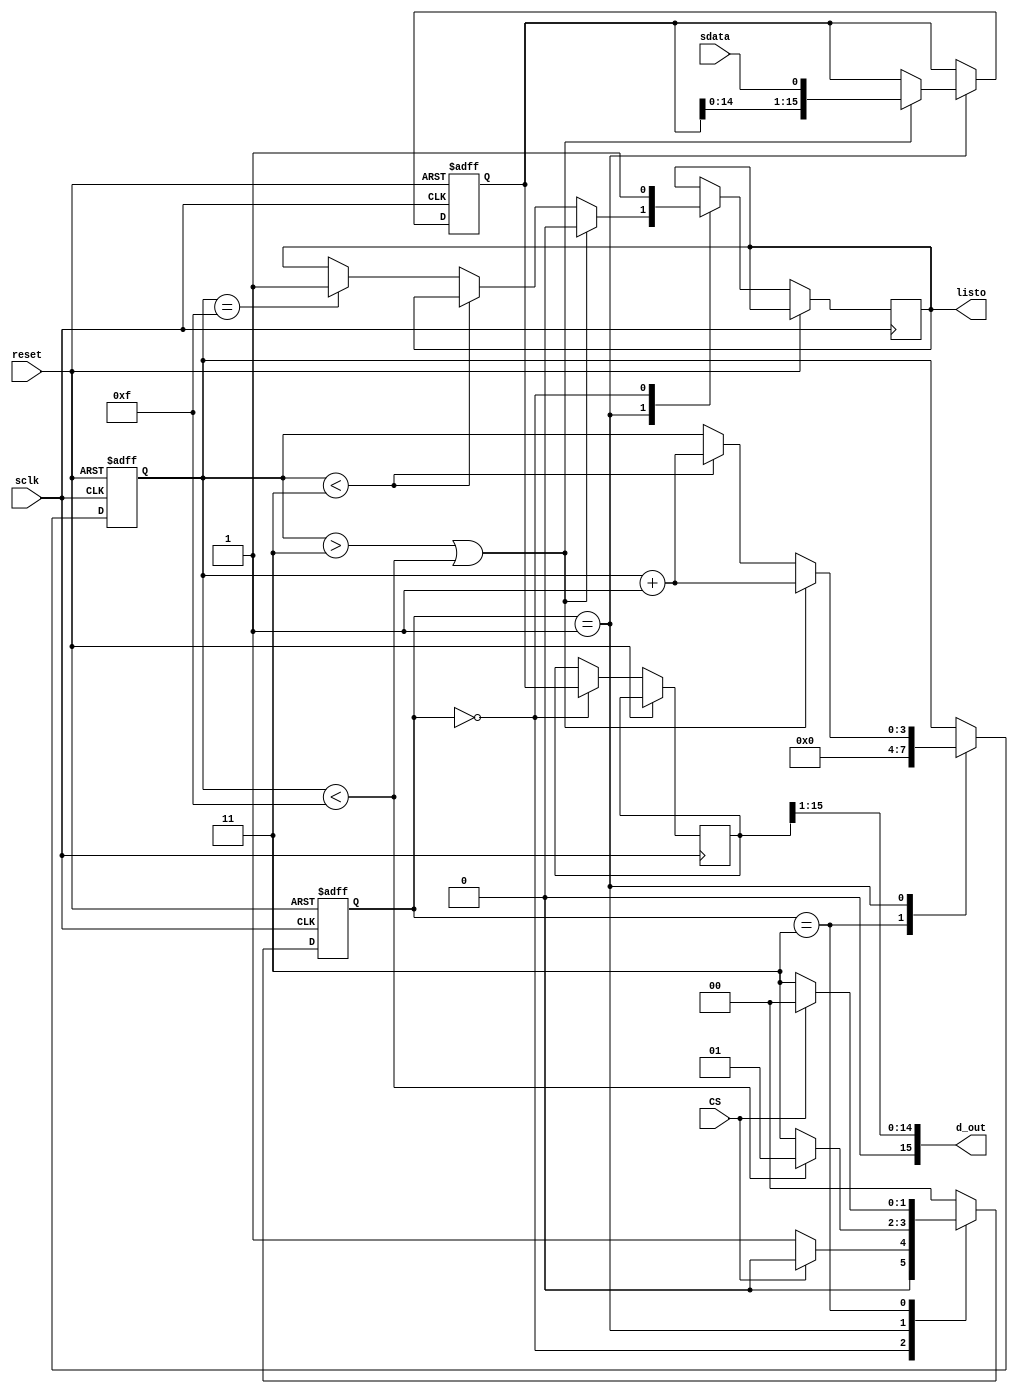
`timescale 1ns / 1ps
//////////////////////////////////////////////////////////////////////////////////
// Company: 
// Engineer: 
// 
// Design Name: 
// Module Name:    ADC_Protocolo 
// Project Name: 
// Target Devices: 
// Tool versions: 
// Description: 
//
// Dependencies: 
//
// Revision: 
// Revision 0.01 - File Created
// Additional Comments: 
//
//////////////////////////////////////////////////////////////////////////////////
module ADC_Protocolo(input sdata, CS, sclk, reset,//Pines del ADC
		output [15:0] d_out,//Dato para enviar al filtro
		output reg listo);
					reg [3:0] contador; //Para ir revisando el sclk, son necesarios 16 conteos
					reg [15:0] dato_dig; //Ir guardando el dato conforme vaya avanzando el contador
					reg [15:0]dato_temp; //Para asignar al dato de salida, se le agregan los 4 bits de signo

		parameter [1:0] negedgeCS=2'b0, conteo=2'b1, posedgeCS=2'b11;
		reg [1:0] estado, sigestado;
		initial 
			begin
				contador <= 4'b0;
				dato_dig <= 16'b0;
				dato_temp <= 16'b0;
				listo <= 1'b0;
			end
	always @(negedge sclk, posedge reset)
		begin
			if (reset)begin
				estado<=negedgeCS;
				contador<=4'b0;
				dato_dig <= 16'b0;
			end
			else begin
				listo <= listo;	
				estado <= sigestado;	
				case(estado)
					posedgeCS: contador <= 4'b0;
					conteo: if ((contador>3)||(contador<4'b1111))begin
						contador <= contador + 4'b1;
						dato_dig <= {dato_dig[14:0], sdata};
						listo <= 1'b0;
						end
						else if (contador<3) contador <= contador + 4'b1;
						else if (contador == 4'b1111)begin
							dato_dig <= dato_dig[15:0] /*16'b1111100000000000*/;
							listo <= 1'b1;
						end
					negedgeCS:begin
						listo <= 1'b1;
						dato_temp <= dato_dig;
					end
				endcase
			end
		end
	always @(*)
		begin
			case(estado)
				negedgeCS: if (CS==0) sigestado=conteo;
					else sigestado=negedgeCS;
				conteo: if (contador<4'b1111) sigestado=conteo;
					else sigestado=posedgeCS;
				posedgeCS: if (CS==0) sigestado=posedgeCS;
					else sigestado=negedgeCS;
				default sigestado=negedgeCS;
			endcase
		end
	assign d_out = {1'b0,dato_temp[15:1]};
endmodule